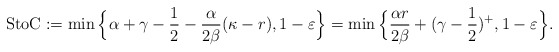
\begin{align*}\textup{StoC} := \min\Big\{ \alpha+\gamma-\frac{1}{2}-\frac{\alpha}{2\beta} (\kappa- r), 1-\varepsilon \Big\}= \min\Big\{ \frac{\alpha r}{2\beta} + (\gamma-\frac{1}{2})^{+}, 1-\varepsilon \Big\}.\end{align*}